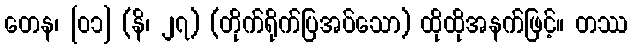
တေန၊ [၀၁] (နိ၊ ၂၇) (တိုက်ရိုက်ပြအပ်သော) ထိုထိုအနက်ဖြင့်။ တဿ